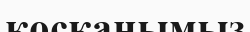
қосқанымыз